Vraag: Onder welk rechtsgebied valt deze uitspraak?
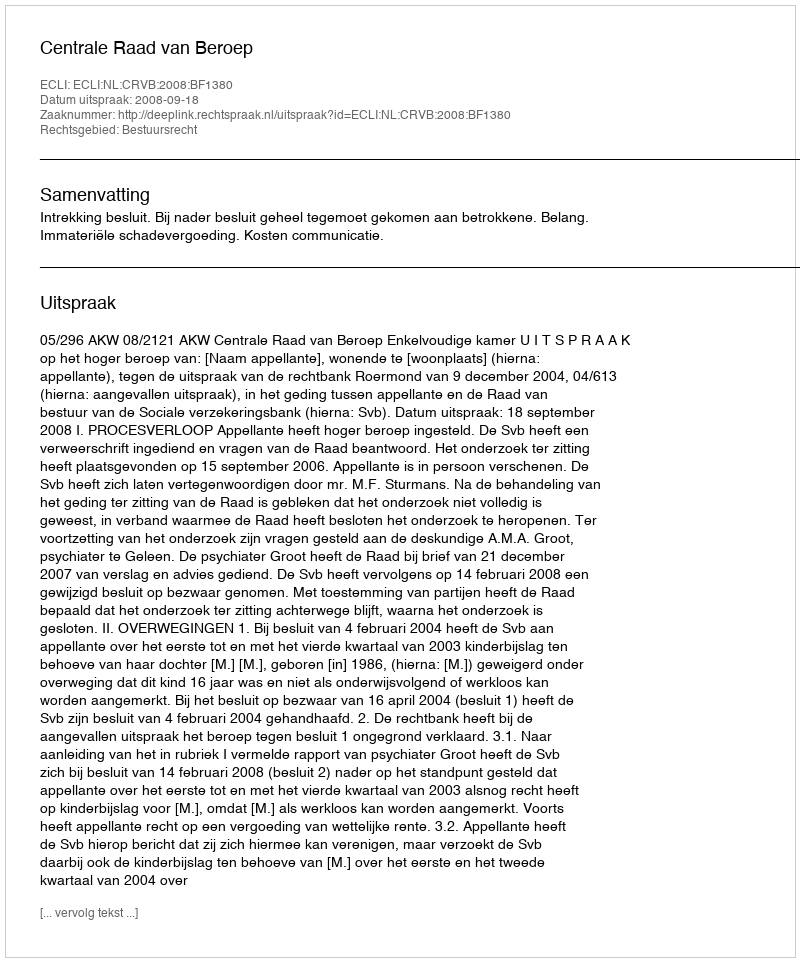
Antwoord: Bestuursrecht